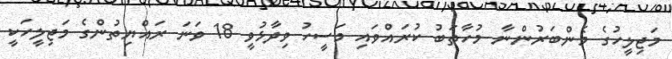
މަޖިލީހުގެ މެންބަރުންނާ މުހާތަބު ކުރައްވައި މަސީހު ވިދާޅުވީ 18 ވަަނަ ރައްޔިތުންގެ މަޖިލީހަކީ